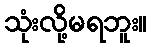
သုံးလို့မရဘူး။